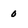
Character: 0